Vaccination in the Punjab 1883-1896 - 1883-1896
Year: 1883
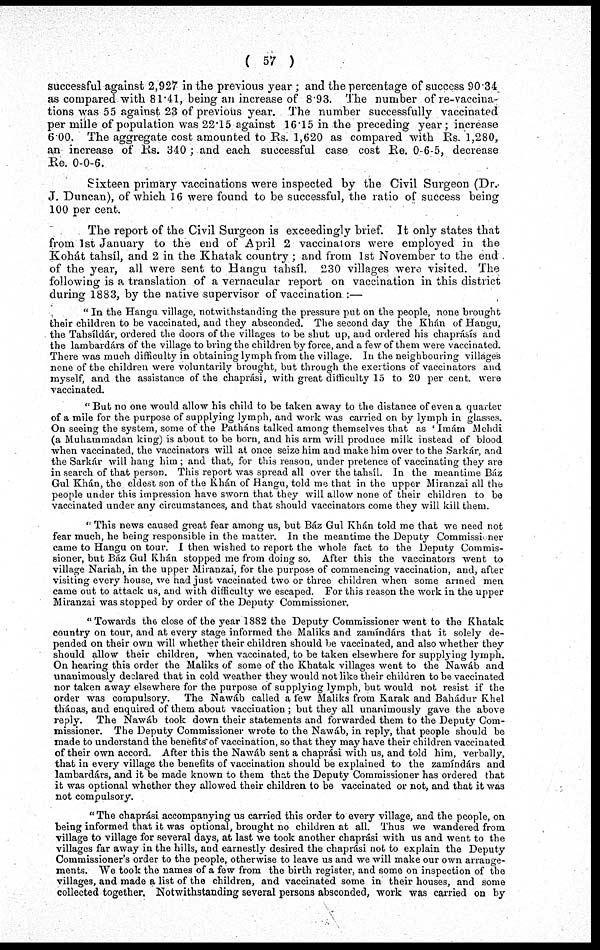
( 57 )
successful against 2,927 in the previous year ; and the percentage of success 90.34
as compared with 81.41, being an increase of 8.93. The number of re-vaccina-
tions was 55 against 23 of previous year. The number successfully vaccinated
per mille of population was 22.15 against 16.15 in the preceding year; increase
6.00. The aggregate cost amounted to Rs. 1,620 as compared with Rs. 1,280,
an increase of Rs. 340 ; and each successful case cost Re. 0-6-5, decrease
Re. 0-0-6.
Sixteen primary vaccinations were inspected by the Civil Surgeon (Dr.
J. Duncan), of which 16 were found to be successful, the ratio of success being
100 per cent.
The report of the Civil Surgeon is exceedingly brief. It only states that
from 1st January to the end of April 2 vaccinators were employed in the
Kohát tahsíl, and 2 in the Khatak country ; and from 1st November to the end
of the year, all were sent to Hangu tahsíl. 230 villages were visited. The
following is a translation of a vernacular report on vaccination in this district
during 1883, by the native supervisor of vaccination :—
" In the Hangu village, notwithstanding the pressure put on the people, none brought
their children to be vaccinated, and they absconded. The second day the Khán of Hangu,
the Tahsíldár, ordered the doors of the villages to be shut up, and ordered his chaprásis and
the lambardárs of the village to bring the children by force, and a few of them were vaccinated.
There was much difficulty in obtaining lymph from the village. In the neighbouring villages
none of the children were voluntarily brought, but through the exertions of vaccinators and
myself, and the assistance of the chaprási, with great difficulty 15 to 20 per cent. were
vaccinated.
" But no one would allow his child to be taken away to the distance of even a quarter
of a mile for the purpose of supplying lymph, and work was carried on by lymph in glasses.
On seeing the system, some of the Patháns talked among themselves that as Imám Mehdi
(a Muhammadan king) is about to be born, and his arm will produce milk instead of blood
when vaccinated, the vaccinators will at once seize him and make him over to the Sarkár, and
the Sarkár will hang him ; and that, for this reason, under pretence of vaccinating they are
in search of that person. This report was spread all over the tahsíl. In the meantime Báz
Gul Khán, the eldest son of the Khán of Hangu, told me that in the upper Miranzai all the
people under this impression have sworn that they will allow none of their children to be
vaccinated under any circumstances, and that should vaccinators come they will kill them.
"This news caused great fear among us, but Báz Gul Khán told me that we need not
fear much, he being responsible in the matter. In the meantime the Deputy Commissioner
came to Hangu on tour. I then wished to report the whole fact to the Deputy Commis-
sioner, but Báz Gul Khán stopped me from doing so. After this the vaccinators went to
village Nariah, in the upper Miranzai, for the purpose of commencing vaccination, and, after
visiting every house, we had just vaccinated two or three children when some armed men
came out to attack us, and with difficulty we escaped. For this reason the work in the upper
Miranzai was stopped by order of the Deputy Commissioner.
"Towards the close of the year 1882 the Deputy Commissioner went to the Khatak
country on tour, and at every stage informed the Maliks and zamíndárs that it solely de-
pended on their own will whether their children should be vaccinated, and also whether they
should allow their children, when vaccinated, to be taken elsewhere for supplying lymph.
On hearing this order the Maliks of some of the Khatak villages went to the Nawáb and
unanimously declared that in cold weather they would not like their children to be vaccinated
nor taken away elsewhere for the purpose of supplying lymph, but would not resist if the
order was compulsory. The Nawáb called a few Maliks from Karak and Bahádur Khel
thánas, and enquired of them about vaccination; but they all unanimously gave the above
reply. The Nawáb took down their statements and forwarded them to the Deputy Com-
missioner. The Deputy Commissioner wrote to the Nawáb, in reply, that people should be
made to understand the benefits of vaccination, so that they may have their children vaccinated
of their own accord. After this the Nawáb sent a chaprási with us, and told him, verbally,
that in every village the benefits of vaccination should be explained to the zamíndárs and
lambardárs, and it be made known to them that the Deputy Commissioner has ordered that
it was optional whether they allowed their children to be vaccinated or not, and that it was
not compulsory.
"The chaprási accompanying us carried this order to every village, and the people, on
being informed that it was optional, brought no children at all. Thus we wandered from
village to village for several days, at last we took another chaprási with us and went to the
villages far away in the hills, and earnestly desired the chaprási not to explain the Deputy
Commissioner's order to the people, otherwise to leave us and we will make our own arrange-
ments. We took the names of a few from the birth register, and some on inspection of the
villages, and made a list of the children, and vaccinated some in their houses, and some
collected together. Notwithstanding several persons absconded, work was carried on by